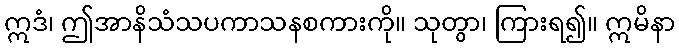
ဣဒံ၊ ဤအာနိသံသပကာသနစကားကို။ သုတွာ၊ ကြားရ၍။ ဣမိနာ